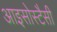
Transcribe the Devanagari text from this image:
आइसोस्टैसी